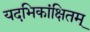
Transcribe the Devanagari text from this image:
यदभिकांक्षितम्